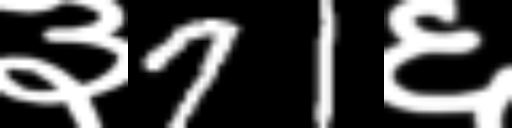
Text: ३71६